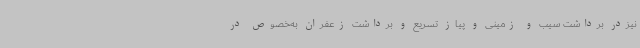
نیزدر برداشت سیب و زمینی و پیاز تسریع و برداشت زعفران به‌خصوص در